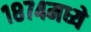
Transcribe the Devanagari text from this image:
१८७४मध्ये